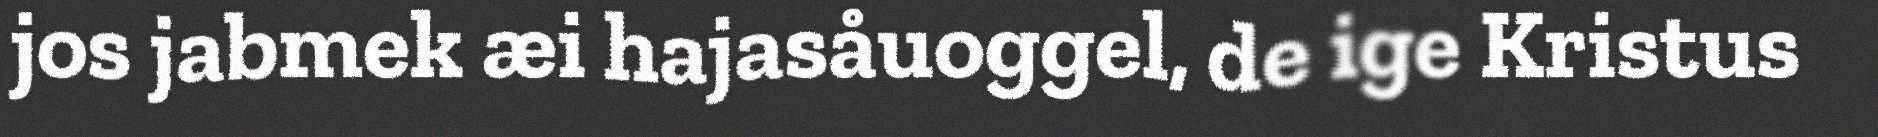
jos jabmek æi hajasåuoggel, de ige Kristus